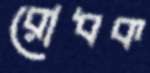
রোধক